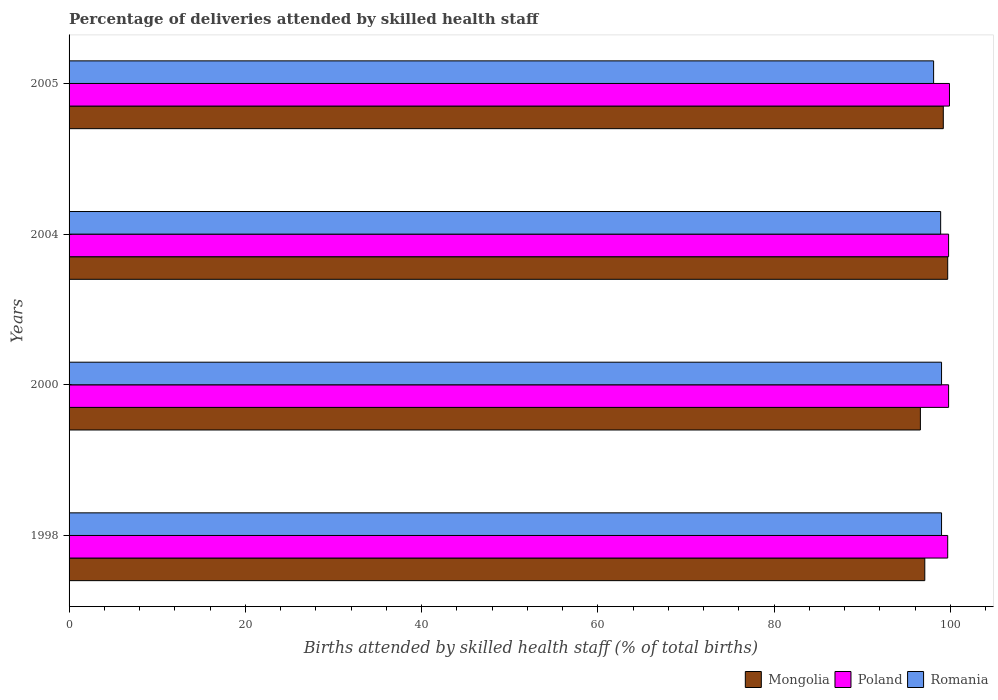
| Years | Mongolia | Poland | Romania |
 | --- | --- | --- | --- |
 | 1998 | 97.1 | 99.7 | 99 |
 | 2000 | 96.6 | 99.8 | 99 |
 | 2004 | 99.7 | 99.8 | 98.9 |
 | 2005 | 99.2 | 99.9 | 98.1 |